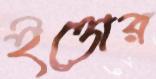
ইত্তোর